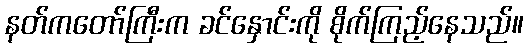
နတ်ကတော်ကြီးက ခင်နှောင်းကို စိုက်ကြည့်နေသည်။